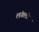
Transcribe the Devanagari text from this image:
लंगलो